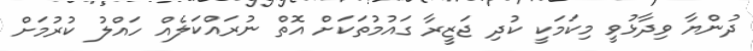
ދުންޔާ ވިދާޅުވީ މިކަމަކީ ކުދި ޖަޒީރާ ގައުމުތަކަށް އޮތް ނުރައްކަލެއް ހައްލު ކުރުމަށް